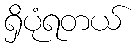
ရှိပုံရတယ်